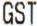
GST